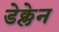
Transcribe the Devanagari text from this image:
डेक्लेन